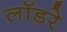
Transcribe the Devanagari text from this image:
लॉडरे